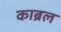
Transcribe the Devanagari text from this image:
काब्रल